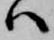
ハ